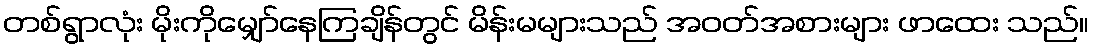
တစ်ရွာလုံး မိုးကိုမျှော်နေကြချိန်တွင် မိန်းမများသည် အဝတ်အစားများ ဖာထေး သည်။